Report of the Imperial Institute of Veterinary Research, Muktesar
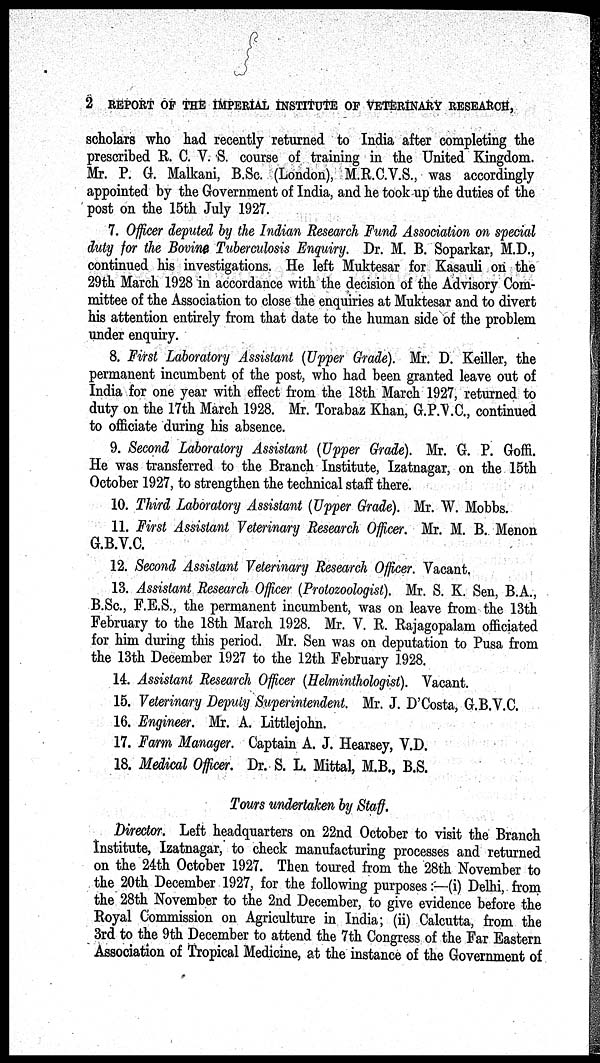
2 REPORT OF THE IMPERIAL INSTITUTE OF VETERINARY RESEARCH,
scholars who had recently returned to India after completing the
prescribed R. C. V. S. course of training in the United Kingdom.
Mr. P. G. Malkani, B.Sc. (London), M.R.C.V.S., was accordingly
appointed by the Government of India, and he took up the duties of the
post on the 15th July 1927.
7. Officer deputed by the Indian Research Fund Association on special
duty for the Bovine Tuberculosis Enquiry. Dr. M. B. Soparkar, M.D.,
continued his investigations. He left Muktesar for Kasauli on the
29th March 1928 in accordance with the decision of the Advisory Com-
mittee of the Association to close the enquiries at Muktesar and to divert
his attention entirely from that date to the human side of the problem
under enquiry.
8. First Laboratory Assistant (Upper Grade). Mr. D. Keiller, the
permanent incumbent of the post, who had been granted leave out of
India for one year with effect from the 18th March 1927, returned to
duty on the 17th March 1928. Mr. Torabaz Khan, G.P.V.C., continued
to officiate during his absence.
9. Second Laboratory Assistant (Upper Grade). Mr. G. P. Goffi.
He was transferred to the Branch Institute, Izatnagar, on the 15th
October 1927, to strengthen the technical staff there.
10. Third Laboratory Assistant (Upper Grade). Mr. W. Mobbs.
11. First Assistant Veterinary Research Officer. Mr. M. B. Menon
G.B.V.C.
12. Second Assistant Veterinary Research Officer. Vacant.
13. Assistant Research Officer (Protozoologist). Mr. S. K. Sen, B.A.,
B.Sc., F.E.S., the permanent incumbent, was on leave from the 13th
February to the 18th March 1928. Mr. V. R. Rajagopalam officiated
for him during this period. Mr. Sen was on deputation to Pusa from
the 13th December 1927 to the 12th February 1928.
14. Assistant Research Officer (Helminthologist). Vacant.
15. Veterinary Deputy Superintendent. Mr. J. D'Costa, G.B.V.C.
16. Engineer. Mr. A. Littlejohn.
17. Farm Manager. Captain A. J. Hearsey, V.D.
18. Medical Officer. Dr. S. L. Mittal, M.B., B.S.
Tours undertaken by Staff.
Director. Left headquarters on 22nd October to visit the Branch
Institute, Izatnagar, to check manufacturing processes and returned
on the 24th October 1927. Then toured from the 28th November to
the 20th December 1927, for the following purposes:—(i) Delhi, from
the 28th November to the 2nd December, to give evidence before the
Royal Commission on Agriculture in India; (ii) Calcutta, from the
3rd to the 9th December to attend the 7th Congress of the Far Eastern
Association of Tropical Medicine, at the instance of the Government of